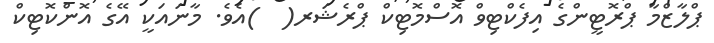
ޕްލާޒްމާ ޕްރޮޓީންގެ އިފެކްޓިވް އޮސްމޮޓިކް ޕްރެޝަރ(  )އެވެ. މާނައަކީ އޭގެ އޮންކޮޓިކް